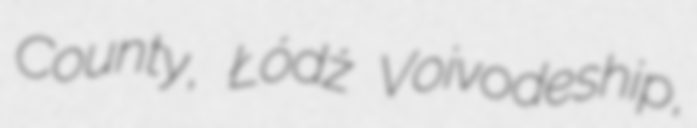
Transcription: County, Łódź Voivodeship,